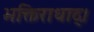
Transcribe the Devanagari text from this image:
भक्तिराधाद्।